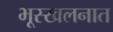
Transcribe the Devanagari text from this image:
भूस्खलनात